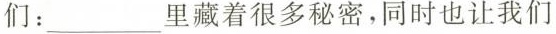
们：___里藏着很多秘密，同时也让我们